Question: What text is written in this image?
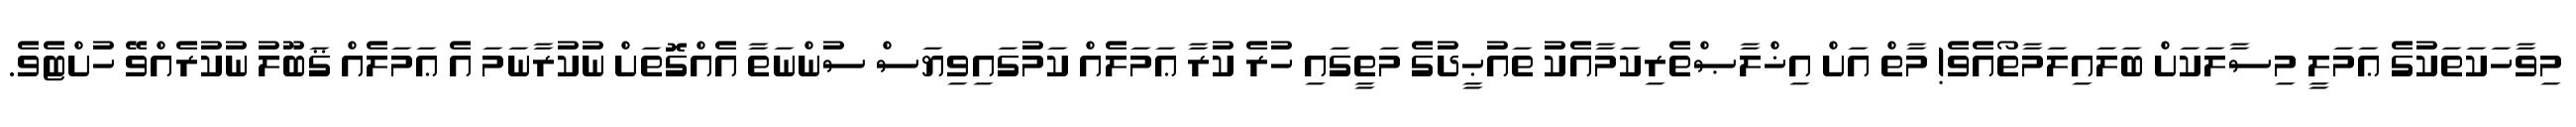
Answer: މިވާހަކަތަކުގެ ޢަމަލީ މިސާލަކަށް ބަލައިލަމާތޯއެވެ! މާތް އަށް އިޚްލާޞްތެރިކަމާއެކު ތައުޙީދުގެ މަތީގައި ހުރެ ކުރާ ޢަމަލެއް ކަމުގައިވިޔަސް ސުންނަތާ އެއްގޮތަށް ނުކުރާނަމަ އެ ޢަމަލެއް ޤަބޫލު ނުކުރެއްވޭ ހުށްޓެވެ.